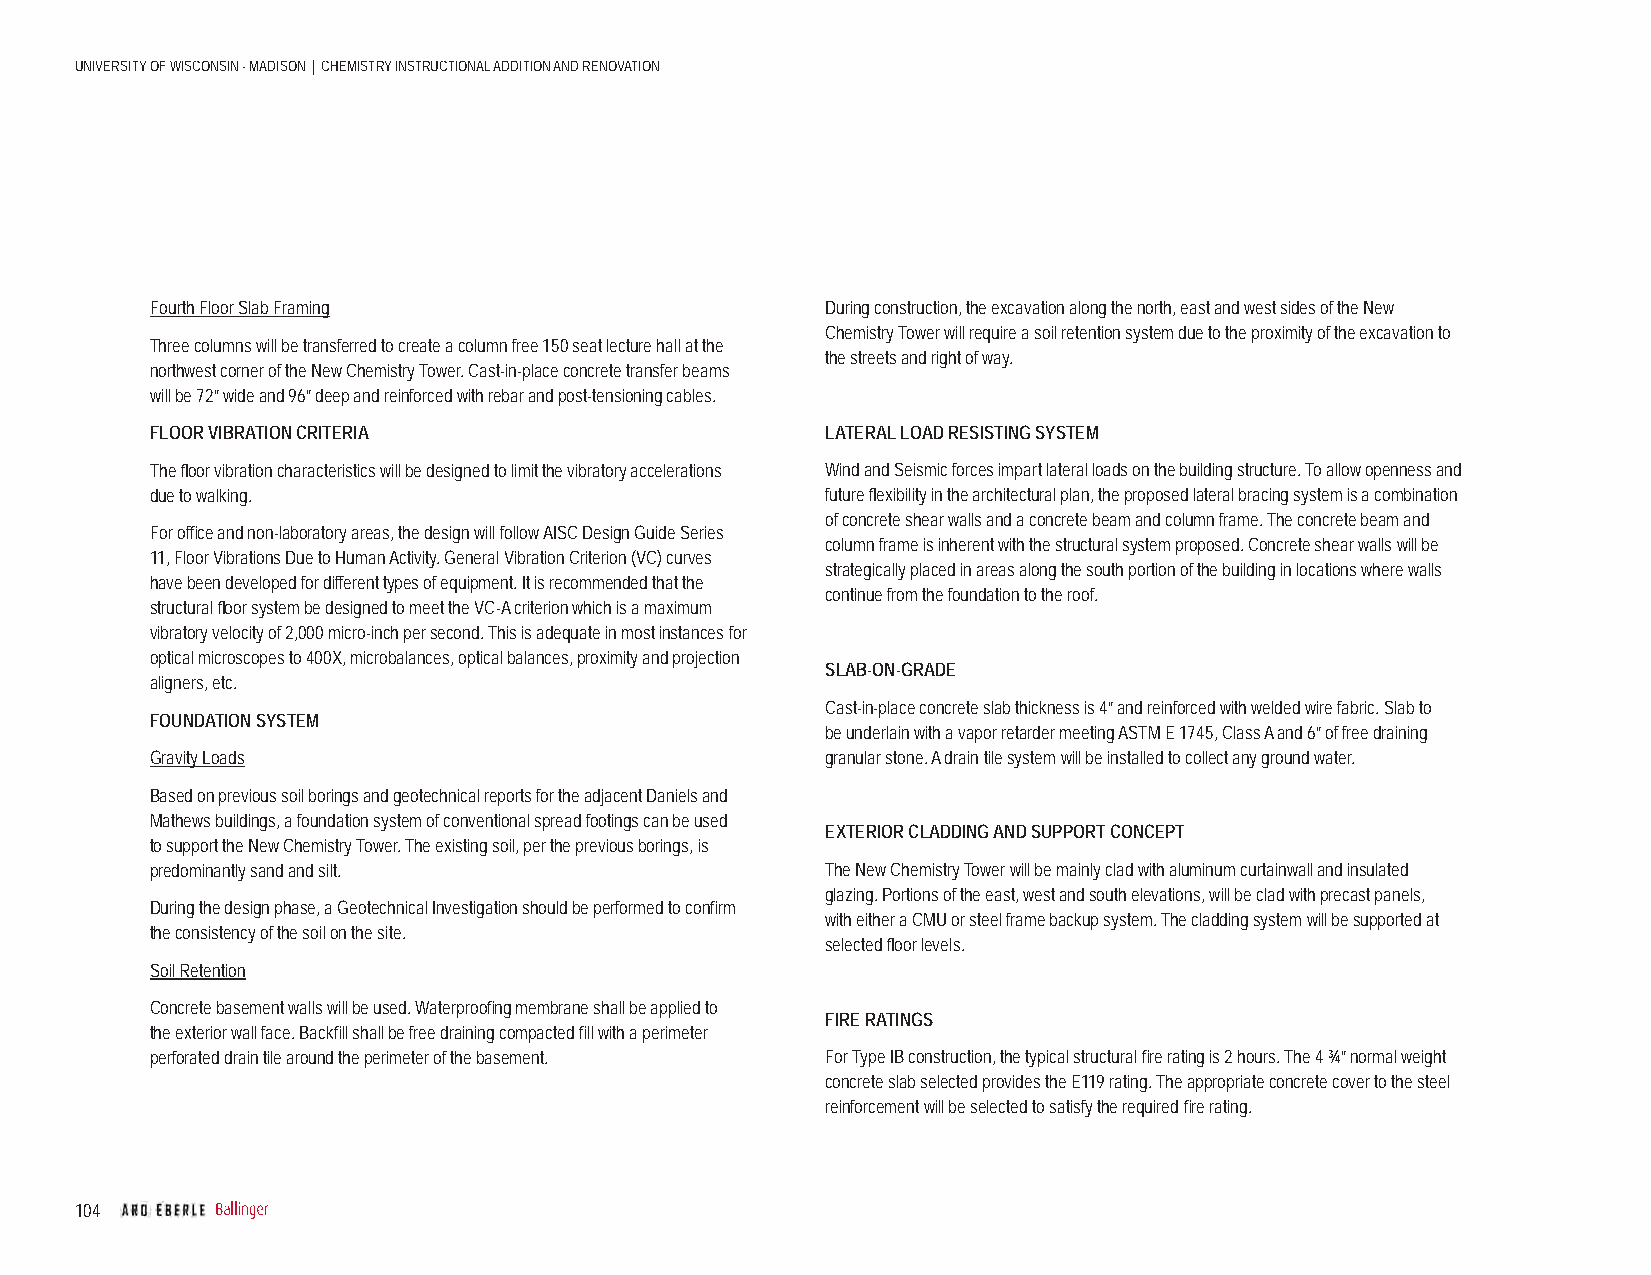
UNIVERSITY OF WISCONSIN - MADISON | CHEMISTRY INSTRUCTIONAL ADDITION AND RENOVATION
 Fourth Floor Slab Framing                    During construction, the excavation along the north, east and west sides of the New
 Chemistry Tower will require a soil retention system due to the proximity of the excavation to
 Three columns will be transferred to create a column free 150 seat lecture hall at the
 the streets and right of way.
 northwest corner of the New Chemistry Tower. Cast-in-place concrete transfer beams
 will be 72” wide and 96” deep and reinforced with rebar and post-tensioning cables.
 FLOOR VIBRATION CRITERIA                     LATERAL LOAD RESISTING SYSTEM
 The fl oor vibration characteristics will be designed to limit the vibratory accelerations Wind and Seismic forces impart lateral loads on the building structure. To allow openness and
 due to walking.                              future fl exibility in the architectural plan, the proposed lateral bracing system is a combination
 of concrete shear walls and a concrete beam and column frame. The concrete beam and
 For offi ce and non-laboratory areas, the design will follow AISC Design Guide Series
 column frame is inherent with the structural system proposed. Concrete shear walls will be
 11, Floor Vibrations Due to Human Activity. General Vibration Criterion (VC) curves
 strategically placed in areas along the south portion of the building in locations where walls
 have been developed for different types of equipment. It is recommended that the
 continue from the foundation to the roof.
 structural fl oor system be designed to meet the VC-A criterion which is a maximum
 vibratory velocity of 2,000 micro-inch per second. This is adequate in most instances for
 optical microscopes to 400X, microbalances, optical balances, proximity and projection
 SLAB-ON-GRADE
 aligners, etc.
 Cast-in-place concrete slab thickness is 4” and reinforced with welded wire fabric. Slab to
 FOUNDATION SYSTEM
 be underlain with a vapor retarder meeting ASTM E 1745, Class A and 6” of free draining
 Gravity Loads                                granular stone. A drain tile system will be installed to collect any ground water.
 Based on previous soil borings and geotechnical reports for the adjacent Daniels and
 Mathews buildings, a foundation system of conventional spread footings can be used
 EXTERIOR CLADDING AND SUPPORT CONCEPT
 to support the New Chemistry Tower. The existing soil, per the previous borings, is
 predominantly sand and silt.                 The New Chemistry Tower will be mainly clad with aluminum curtainwall and insulated
 glazing. Portions of the east, west and south elevations, will be clad with precast panels,
 During the design phase, a Geotechnical Investigation should be performed to confi rm
 with either a CMU or steel frame backup system. The cladding system will be supported at
 the consistency of the soil on the site.
 selected fl oor levels.
 Soil Retention
 Concrete basement walls will be used. Waterproofi ng membrane shall be applied to
 FIRE RATINGS
 the exterior wall face. Backfi ll shall be free draining compacted fi ll with a perimeter
 perforated drain tile around the perimeter of the basement. For Type IB construction, the typical structural fi re rating is 2 hours. The 4 ¾” normal weight
 concrete slab selected provides the E119 rating. The appropriate concrete cover to the steel
 reinforcement will be selected to satisfy the required fi re rating.
 104